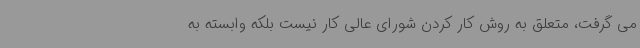
می گرفت، متعلق به روش کار کردن شورای عالی کار نیست بلکه وابسته به